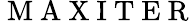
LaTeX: \mathrm{~M~A~X~I~T~E~R~}